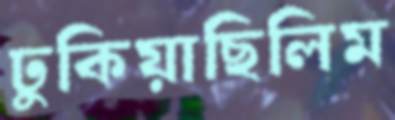
ঢুকিয়াছিলিম